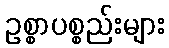
ဥစ္စာပစ္စည်းများ